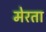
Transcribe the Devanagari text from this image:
मेरता